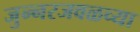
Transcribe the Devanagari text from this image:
जुन्‍नरजवळच्या